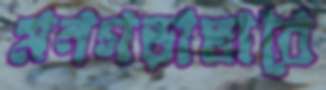
মনগড়াভাবে